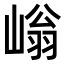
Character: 𡻐